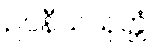
ဥပနီယသုတ္တံ